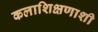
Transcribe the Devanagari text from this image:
कलाशिक्षणाशी